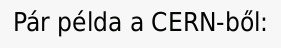
Pár példa a CERN-ből: